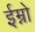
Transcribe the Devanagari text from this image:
ईम्नो